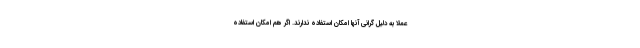
عملا به دلیل گرانی آنها امکان استفاده ندارند. اگر هم امکان استفاده